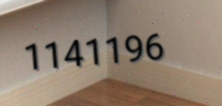
1141196